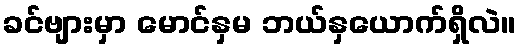
ခင်ဗျားမှာ မောင်နှမ ဘယ်နှယောက်ရှိလဲ။